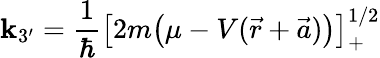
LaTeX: {\mathbf{k}_{3^{\prime}}=\frac{{1}}{{\hbar}}\big[2m\big(\mu-V(\vec{{r}}+\vec{{a}})\big)\big]_{+}^{1/2}}